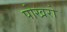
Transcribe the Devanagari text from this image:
पोखरो